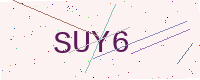
Text: SUY6